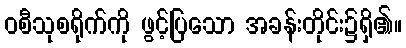
ဝစီသုစရိုက်ကို ဖွင့်ပြသော အခန်းတိုင်း၌ရှိ၏။